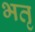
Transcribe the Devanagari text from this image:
भतृ